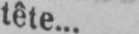
tête...